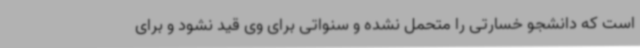
است که دانشجو خسارتی را متحمل نشده و سنواتی برای وی قید نشود و برای